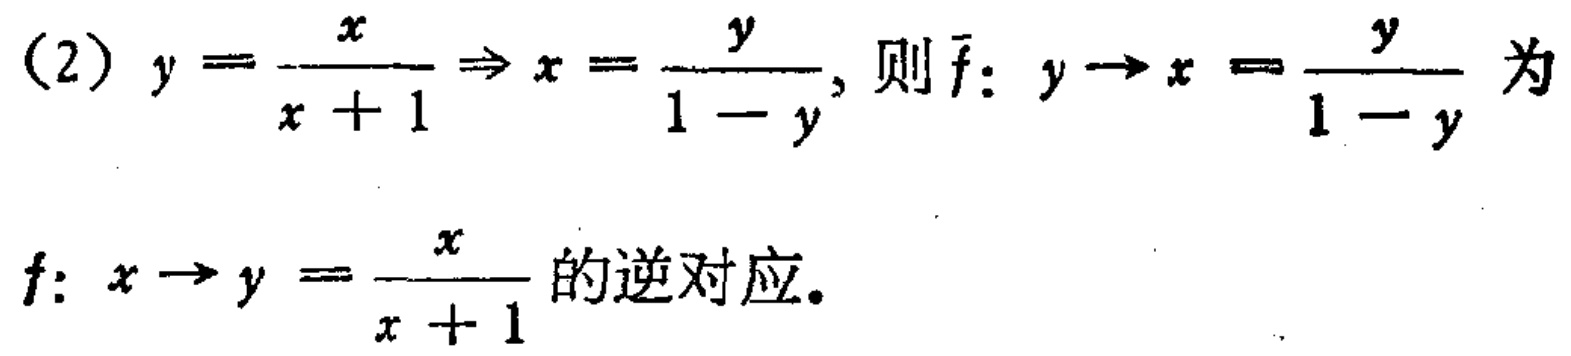
(2) \(y = \frac{x}{x + 1} \Rightarrow x = \frac{y}{1 - y}\), 则 \(\bar{f}: y\rightarrow x = \frac{y}{1 - y}\) 为

\(f: x\rightarrow y = \frac{x}{x + 1}\) 的逆对应。